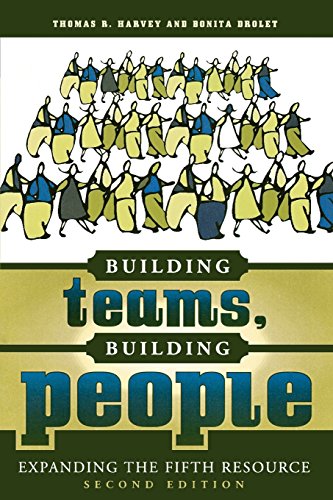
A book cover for Building Teams, Building People : Expanding the Fifth Resource Second Edition; Thomas R. Harvey; Business & Money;